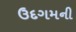
ઉદગમની